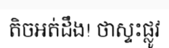
តិចអត់ដឹង! ថាស្ទះផ្លូវ